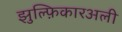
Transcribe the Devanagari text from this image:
झुल्फ़िकारअली